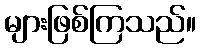
များဖြစ်ကြသည်။